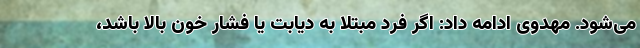
می‌شود. مهدوی ادامه داد: اگر فرد مبتلا به دیابت یا فشار خون بالا باشد،